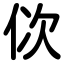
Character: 佽